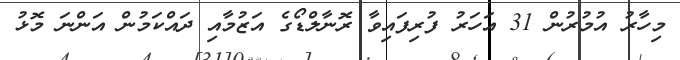
މިހާރު އުމުރުން 31 އަހަރު ފުރިފައިވާ ރޮނާލްޑޯގެ އަޒުމާއި ދައްކަމުން އަންނަ މޮޅު